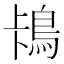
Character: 𱈡